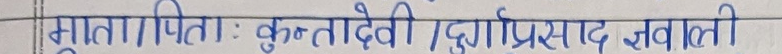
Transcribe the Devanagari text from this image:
मातापिता : कुन्तादेवी दुर्गाप्रसाद न्यौपाने